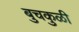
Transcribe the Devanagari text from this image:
बुचकुळी